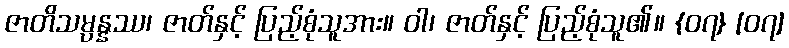
ဇာတိသမ္ပန္နဿ၊ ဇာတ်နှင့် ပြည့်စုံသူအား။ ဝါ၊ ဇာတ်နှင့် ပြည့်စုံသူ၏။ {၀၇} [၀၇]